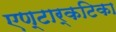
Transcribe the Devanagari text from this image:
एण्टार्कटिका